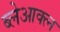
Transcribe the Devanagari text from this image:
ब्लेआक्त्न